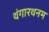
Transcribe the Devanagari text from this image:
थंगारथनम